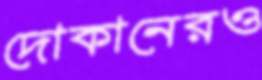
দোকানেরও